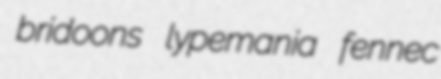
bridoons lypemania fennec